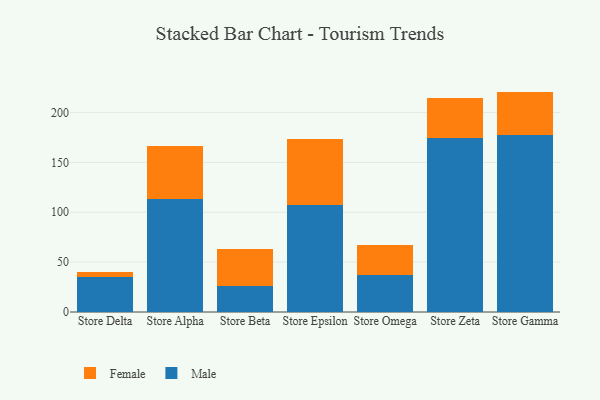
{"axis": {"x": "Store", "y": "Satisfaction Score"}, "legend": ["Female", "Male"], "data": [{"x": "Store Delta", "y": 34.6, "type": "Male"}, {"x": "Store Delta", "y": 5.2, "type": "Female"}, {"x": "Store Alpha", "y": 113.7, "type": "Male"}, {"x": "Store Alpha", "y": 52.8, "type": "Female"}, {"x": "Store Beta", "y": 25.7, "type": "Male"}, {"x": "Store Beta", "y": 37.3, "type": "Female"}, {"x": "Store Epsilon", "y": 107.4, "type": "Male"}, {"x": "Store Epsilon", "y": 66.2, "type": "Female"}, {"x": "Store Omega", "y": 36.7, "type": "Male"}, {"x": "Store Omega", "y": 30.5, "type": "Female"}, {"x": "Store Zeta", "y": 174.7, "type": "Male"}, {"x": "Store Zeta", "y": 40.0, "type": "Female"}, {"x": "Store Gamma", "y": 177.0, "type": "Male"}, {"x": "Store Gamma", "y": 44.0, "type": "Female"}]}